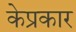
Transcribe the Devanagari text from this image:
केप्रकार